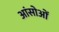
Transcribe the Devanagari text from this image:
आंसोओं